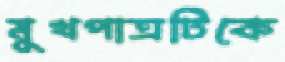
মুখপাত্রটিকে